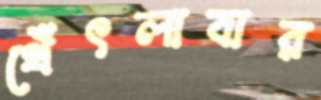
থেঁৎলাবার